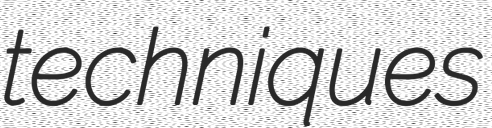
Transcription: techniques